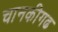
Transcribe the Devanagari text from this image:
चानकीगढ